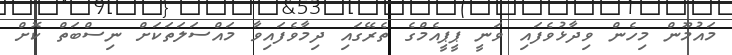
މައުމޫން މިހެން ވިދާޅުވެފައި ވަނީ ޕީޕީއެމްގެ ތެރޭގައި ދިމާވެފައިވާ މައްސަލަތަކަށް ނިސްބަތް ކޮށް